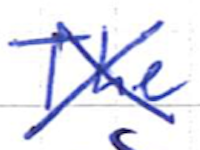
Text: The
Cross-out: cross
Writing tool: ballpoint